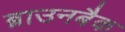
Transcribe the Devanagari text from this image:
ब्राउनबैक